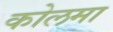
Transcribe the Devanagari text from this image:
कोलमा